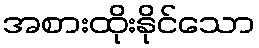
အစားထိုးနိုင်သော